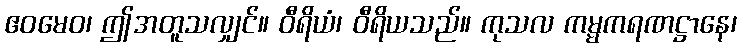
ဧဝမေဝ၊ ဤအတူသလျှင်။ ဝီရိယံ၊ ဝီရိယသည်။ ကုသလ ကမ္မကရဏဋ္ဌာနေ၊